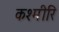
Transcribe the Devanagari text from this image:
कश्मीरि